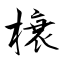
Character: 榱